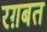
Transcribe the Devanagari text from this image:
रग़बत